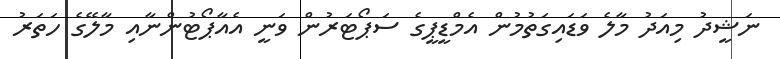
ނަޝީދު މިއަދު މާލެ ވަޑައިގަތުމުން އެމްޑީޕީގެ ސަޕޯޓަރުން ވަނީ އެއާޕޯޓުންނާއި މާލޭގެ ހަތަރު